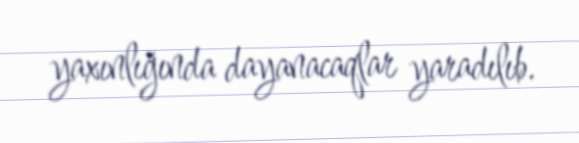
yaxınlığında dayanacaqlar yaradılıb.